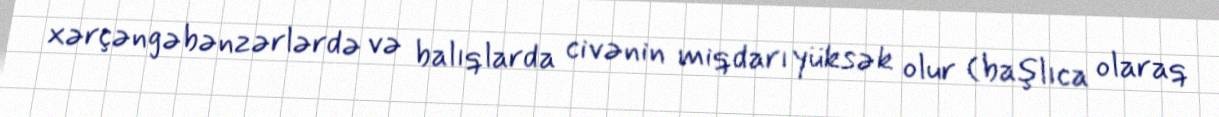
xərçəngəbənzərlərdə və balıqlarda civənin miqdarı yüksək olur (başlıca olaraq